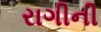
રાગીની